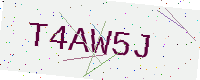
Text: T4AW5J